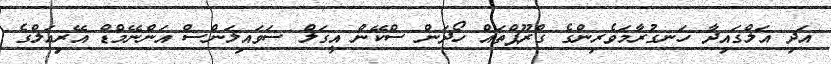
އަދި އަލްގައިދާ ހަނގުރާމަވެރިންގެ ގްރޫޕްތައް ހޯދަން ސްކޭން އީގަލް ސަވައިލަންސް އަންނޭމްޑް އޭރިއަލްގެ